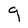
Character: g